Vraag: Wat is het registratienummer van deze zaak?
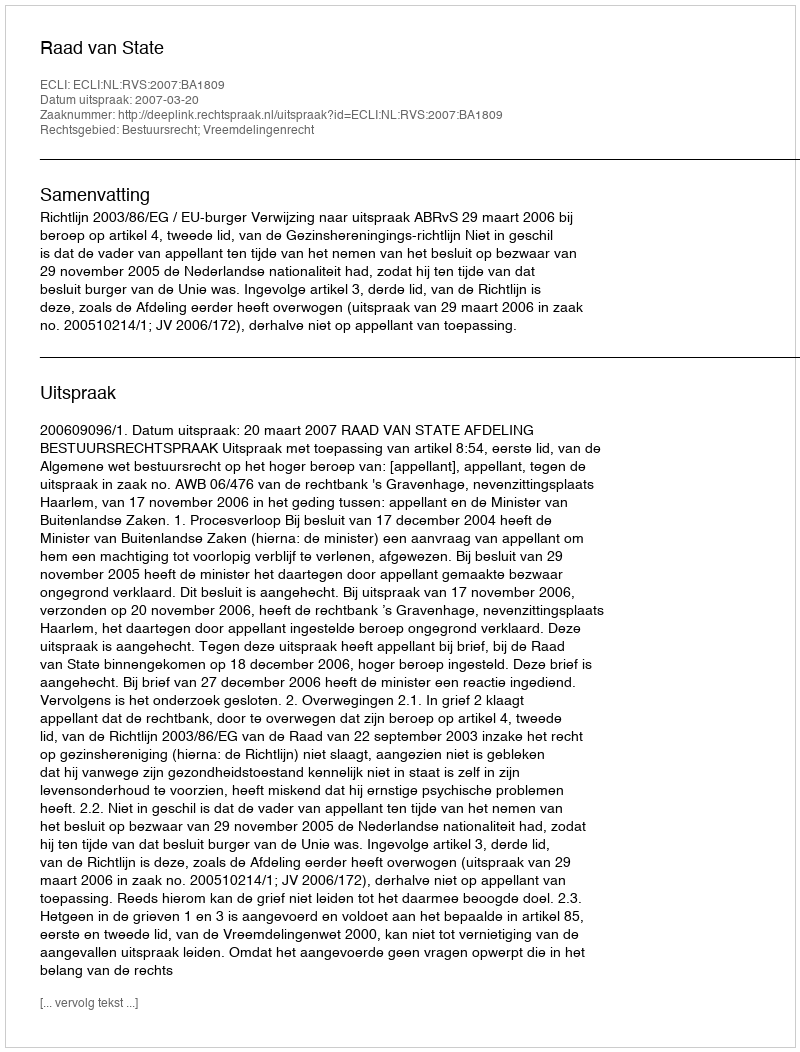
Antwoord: http://deeplink.rechtspraak.nl/uitspraak?id=ECLI:NL:RVS:2007:BA1809